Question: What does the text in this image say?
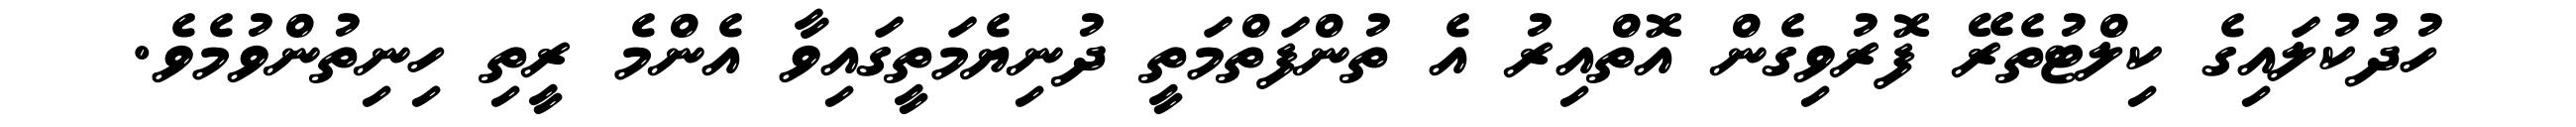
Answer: ހުދުކުލައިގެ ކިލްޓުތެރޭ ފޮރުވިގެން އޮތްއިރު އެ ތުންފަތްމަތީ ދުނިޔެމަތީގައިވާ އެންމެ ރީތި ހިނިތުންވުމެވެ.